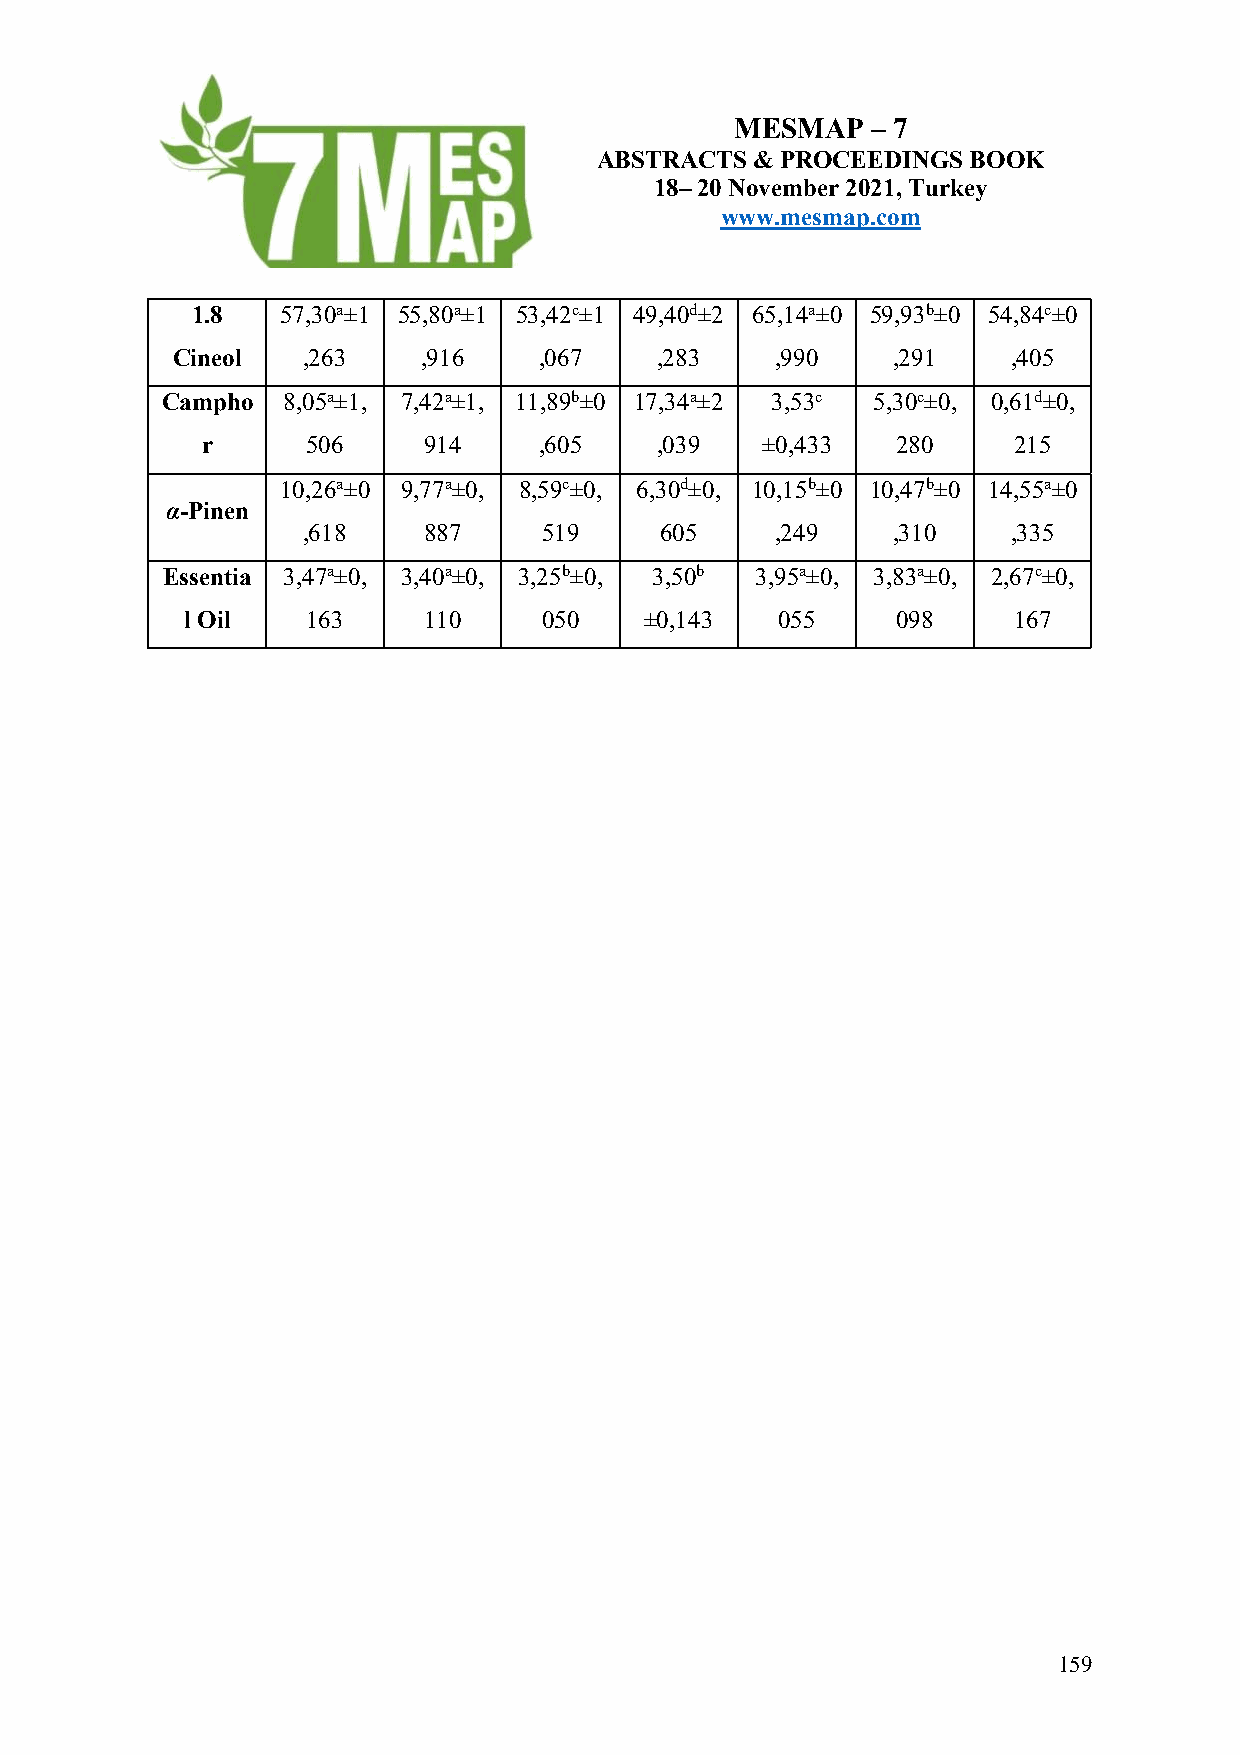
MESMAP   – 7
 ABSTRACTS  & PROCEEDINGS BOOK
 18– 20 November 2021, Turkey
 www.mesmap.com
 1.8   57,30a±1 55,80a±1 53,42c±1 49,40d±2 65,14a±0 59,93b±0 54,84c±0
 Cineol   ,263    ,916    ,067   ,283    ,990    ,291    ,405
 Campho  8,05a±1, 7,42a±1, 11,89b±0 17,34a±2 3,53c 5,30c±0, 0,61d±0,
 r      506     914     ,605   ,039   ±0,433   280     215
 10,26a±0 9,77a±0, 8,59c±0, 6,30d±0, 10,15b±0 10,47b±0 14,55a±0
 α-Pinen
 ,618    887     519     605    ,249    ,310    ,335
 Essentia 3,47a±0, 3,40a±0, 3,25b±0, 3,50b 3,95a±0, 3,83a±0, 2,67c±0,
 l Oil   163     110     050    ±0,143   055    098     167
 159